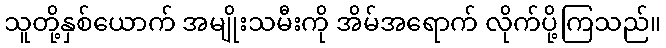
သူတို့နှစ်ယောက် အမျိုးသမီးကို အိမ်အရောက် လိုက်ပို့ကြသည်။